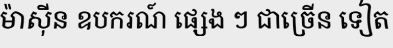
ម៉ាស៊ីន ឧបករណ៍ ផ្សេង ៗ ជាច្រើន ទៀត